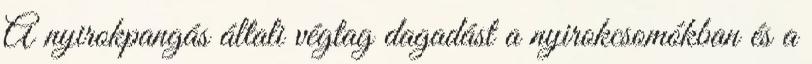
A nyirokpangás általi végtag dagadást a nyirokcsomókban és a